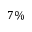
7 \%